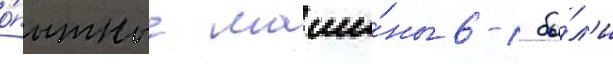
о́пытные маши́ны 6-1 бы́л'и